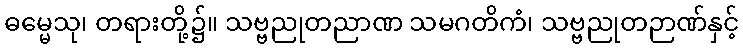
ဓမ္မေသု၊ တရားတို့၌။ သဗ္ဗညုတညာဏ သမဂတိကံ၊ သဗ္ဗညုတဉာဏ်နှင့်